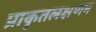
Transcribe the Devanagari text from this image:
प्राकृतलक्षणम